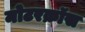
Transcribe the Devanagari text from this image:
मोटरक्रॉस